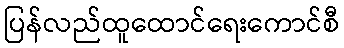
ပြန်လည်ထူထောင်ရေးကောင်စီ